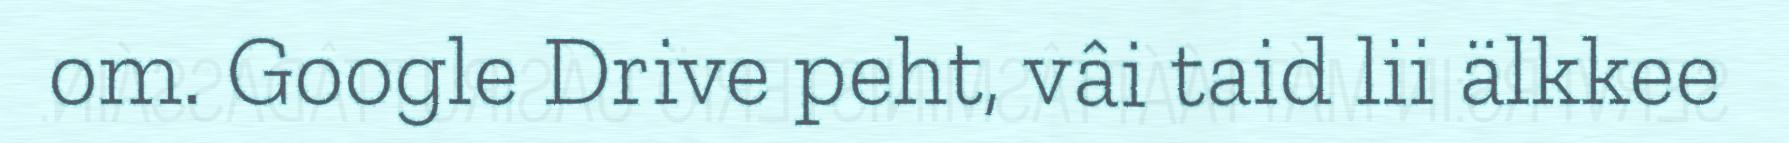
om. Google Drive peht, vâi taid lii älkkee